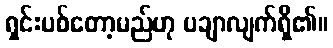
ရှင်းပစ်တော့မည်ဟု ပချာလျက်ရှိ၏။